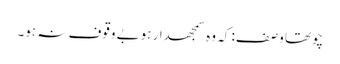
چوتھا وصف: کہ وہ سمجھدار ہوبے وقوف نہ ہو۔